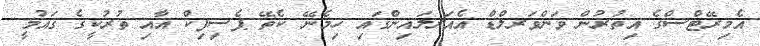
އެމިރޭޓްސްގެ އިތުރުން ވަންވަރލްޑް އެއަރލައިންގައި ހިމެނޭ ކެތޭ ޕެސިފިކް އާއި ތުރުކީގެ ޤައުމީ